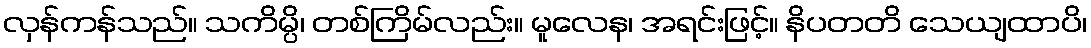
လှန်ကန်သည်။ သကိမ္ပိ၊ တစ်ကြိမ်လည်း။ မူလေန၊ အရင်းဖြင့်။ နိပတတိ သေယျထာပိ၊